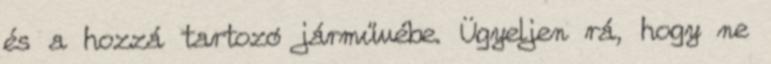
és a hozzá tartozó járművébe. Ügyeljen rá, hogy ne